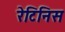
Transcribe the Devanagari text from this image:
रेटिनिस